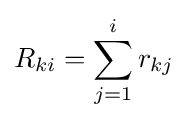
R_{ki}=\sum _{j=1}^{i}r_{kj}